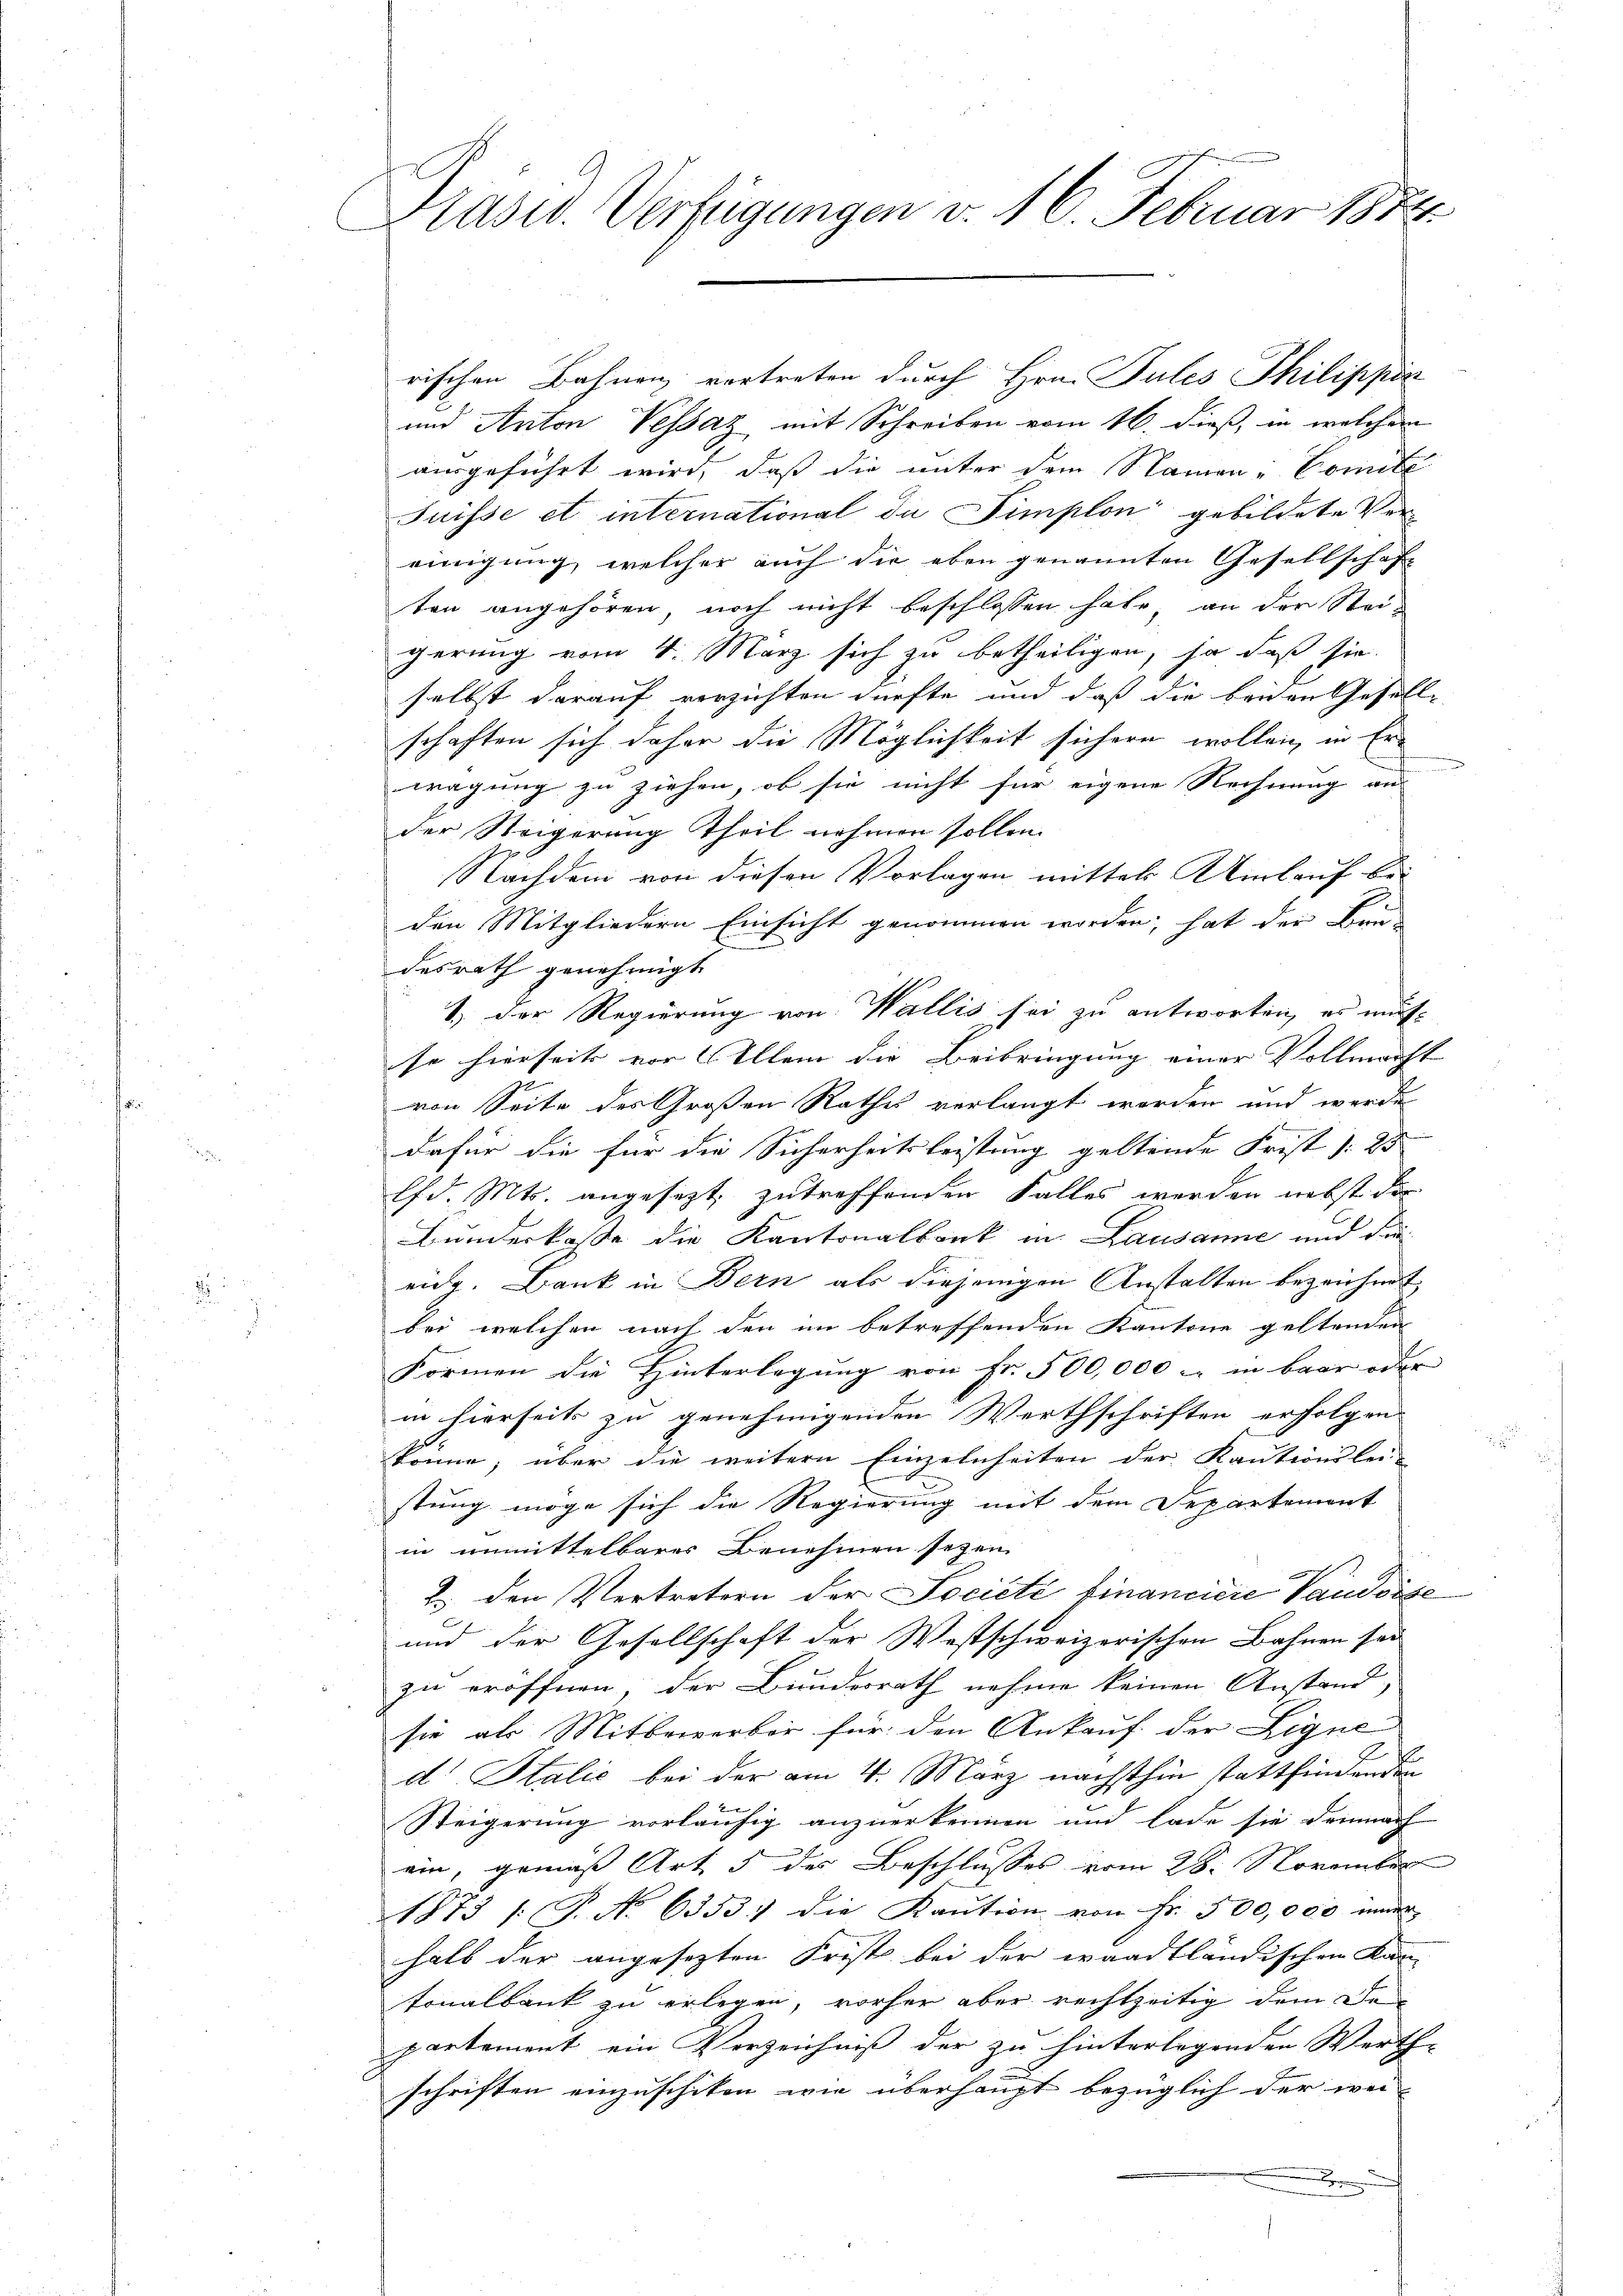
Präsid. Verfügungen v. 16. Februar 1872

rischen Bahnen vortreten durch Hrn. Pules Philippin
und Anton Vessaz mit Schreiben vom 16. dieß, in welchem
ausgeführt wird, dass die unter dem Namen - Comite
Juisse et international da Simplon gebildete Ver-
einigung, welcher auch die eben genannten Gesellschaft
ten angehören, noch nicht beschlossen habe an der Stei-
gerung vom 4. März sich zu betheiligen, ja daß sie
selbst darauf verzichten dürfte und daß die beiden Gesell-
schaften sich daher die Möglichkeit sichern wollen, in Erwägung zu ziehen, ob sie nicht für eigene Rechnung an
der Steigerung Theil nehmen sollen.
Nachdem von diesen Vorlagen mittels Umlauf be-
den Mitgliedern Einsicht genommen worden; hat der Bru-
desrath genehmigt
1.) Der Regierung von Wallis sei zu antworten, es mus
se hierseits vor Allem die Beibringung einer Vollmacht |
von Seite des Großen Rathes verlangt worden und werde
dafür die für die Sicherheitsleistung geltende Frist § 25
lfd. Mts. angesezt, zutreffenden Falles werden nebst das
Bundeskasse die Kantonalbank in Lausanne und die
eidg. Bank in Bern als diejenigen Anstalten bezeichnet
bei, welchen nach den im betreffenden Kantone geltenden
Formen die Hinterlegung von Fr. 500,000 - in baar oder
in hierseits zu genehmigenden Werthschriften erfolgen-
könne; über die weitern Einzelnheiten der Kautionslei-
stung möge sich die Regierung mit dem Departemont
in unmittelbarer Benehmen seyen,
2. den Vertretern der Société financidie Vaudoise
und der Gesellschaft der Westschweizerischen Bahnen sei
zu eröffnen, der Bundesrath nehme keinen Anstand,
sie als Mitbewerber für den Ankauf der Ligne
A
d Italić bei der am 4. März nächsthin stattfindenden
Steigerung vorläufig anzuerkennen und lade sie demnach
ein, gemäß Art. 5 des Beschlusses vom 28. November
1873 /: P. No 6353; die Kaution von Fr. 500,000 inder
halb der angesezten Frist bei der waadtländischen Kan- |
tonalbank zu erlegen, vorher aber rechtzeitig dem Den
partement ein Verzeichniß der zu hinterlegenden Werth-
schriften einzuschiken wie überhaupt bezüglich der wei-
x